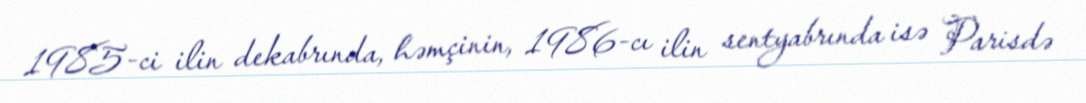
1985-ci ilin dekabrında, həmçinin, 1986-cı ilin sentyabrında isə Parisdə